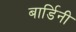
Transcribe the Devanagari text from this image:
बार्डिनी